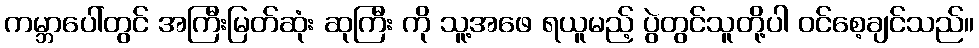
ကမ္ဘာပေါ်တွင် အကြီးမြတ်ဆုံး ဆုကြီး ကို သူ့အဖေ ရယူမည့် ပွဲတွင်သူတို့ပါ ဝင်စေ့ချင်သည်။